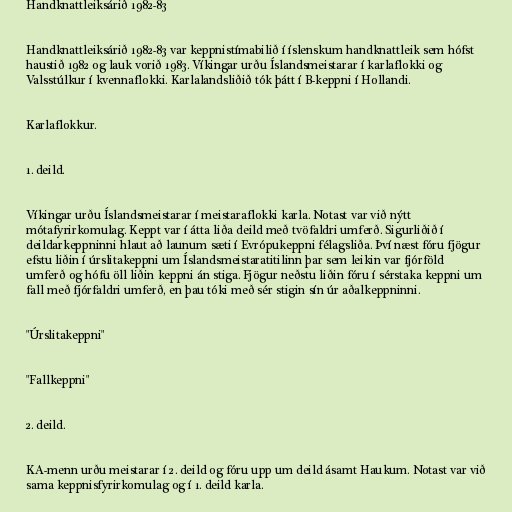
Handknattleiksárið 1982-83

Handknattleiksárið 1982-83 var keppnistímabilið í íslenskum handknattleik sem hófst
haustið 1982 og lauk vorið 1983. Víkingar urðu Íslandsmeistarar í karlaflokki og
Valsstúlkur í kvennaflokki. Karlalandsliðið tók þátt í B-keppni í Hollandi.

Karlaflokkur.

1. deild.

Víkingar urðu Íslandsmeistarar í meistaraflokki karla. Notast var við nýtt
mótafyrirkomulag. Keppt var í átta liða deild með tvöfaldri umferð. Sigurliðið í
deildarkeppninni hlaut að launum sæti í Evrópukeppni félagsliða. Því næst fóru fjögur
efstu liðin í úrslitakeppni um Íslandsmeistaratitilinn þar sem leikin var fjórföld
umferð og hófu öll liðin keppni án stiga. Fjögur neðstu liðin fóru í sérstaka keppni um
fall með fjórfaldri umferð, en þau tóki með sér stigin sín úr aðalkeppninni.

"Úrslitakeppni"

"Fallkeppni"

2. deild.

KA-menn urðu meistarar í 2. deild og fóru upp um deild ásamt Haukum. Notast var við
sama keppnisfyrirkomulag og í 1. deild karla.